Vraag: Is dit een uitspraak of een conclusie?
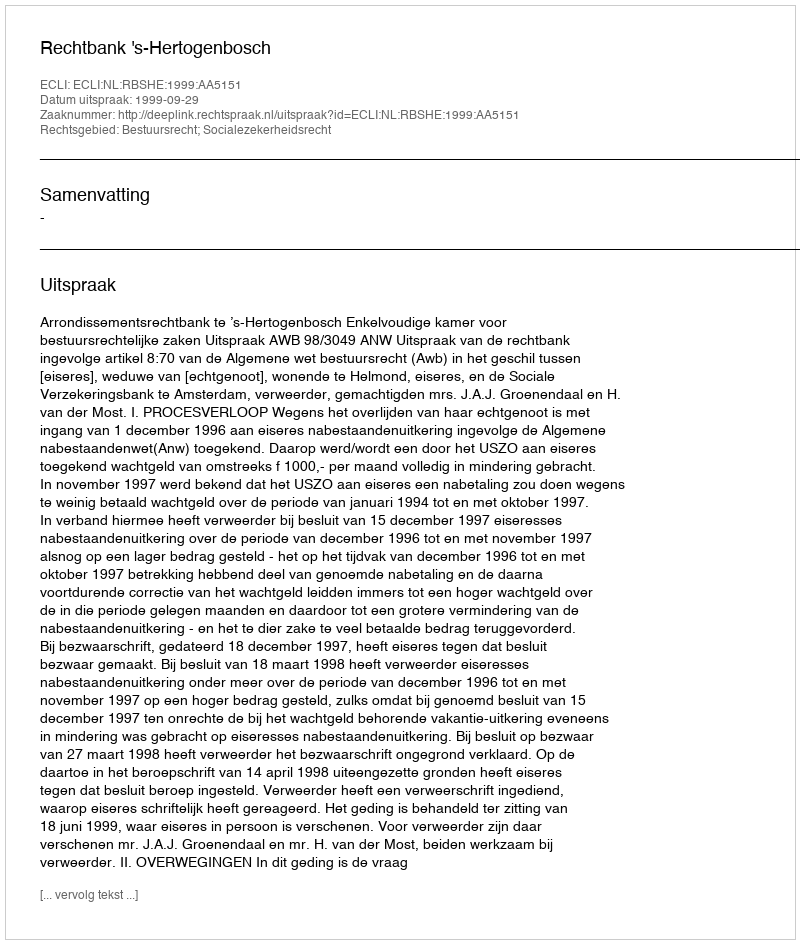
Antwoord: Uitspraak